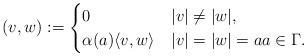
LaTeX: \begin{align*} (v,w) :=\begin{cases} 0& |v|\neq |w|,\\ \alpha(a)\langle v,w\rangle& |v|=|w|=aa\in\Gamma. \end{cases} \end{align*}